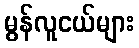
မွန်လူငယ်များ